Annual administration report of the Civil Veterinary Department of India - 1896-1897
Year: 1896
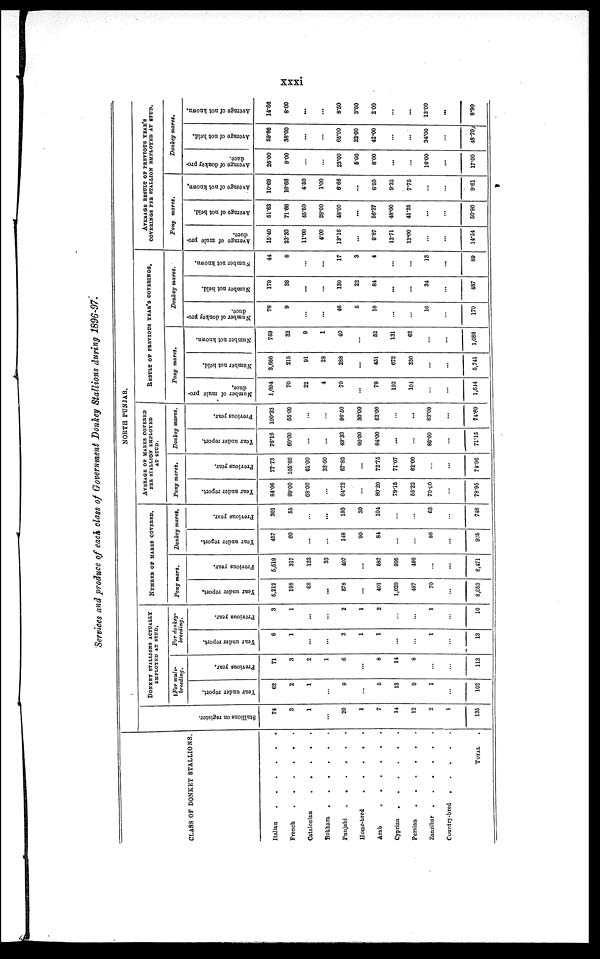
xxxi
Services and produce of each class of Government Donkey Stallions during 1896-97.
CLASS OF DONKEY STALLIONS.
Italian
.
.
.
.
.
.
French
.
.
.
.
.
.
Catalonian
.
.
.
.
.
Bokhara
.
.
.
.
.
.
Punjabi
.
.
.
.
.
.
Home-bred
.
.
.
.
.
.
Arab
.
.
.
.
.
.
Cyprian
.
.
.
.
.
.
Persian
.
.
.
.
.
.
Zanzibar
.
.
.
.
.
.
Country-bred
.
.
.
.
.
.
TOTAL
NORTH PUNJAB.
Stallions on register.
74
3
1
...
20
1
7
14
12
2
1
135
DONKEY STALLIONS ACTUALLY
EMPLOYED AT STUD.
For mule-
breeding.
Year under report.
62
2
1
...
9
...
5
13
9
1
...
102
Previous year.
71
3
2
1
6
...
8
14
8
...
...
113
For donkey-
breeding.
Year under report.
6
1
...
...
3
1
1
...
...
1
...
13
Previous year.
3
1
...
...
2
1
2
...
...
1
...
10
NUMBER OF MARES COVERED.
Pony mars.
Year under report.
6,212
198
68
...
578
...
401
1,029
497
70
...
8,053
Previous year.
5,519
317
122
33
407
...
582
995
496
...
...
8,471
Donkey mares.
Year under report.
457
60
...
...
148
90
84
...
...
86
...
925
Previous year.
301
55
...
...
193
30
104
...
...
63
...
746
AVERAGE OF MARES COVERED
PER STALLION EMPLOYED
AT STUD.
Pony mares.
Year under report.
84.06
99.00
68.00
...
64.22
...
80.20
79.15
55.22
70.00
...
78.95
Previous year.
77.73
105.66
61.00
33.00
67.83
...
72.75
71.07
62.00
...
...
74.96
Donkey mares.
Year under report.
76.16
60.00
...
...
49.33
90.00
84.00
...
...
86.00
...
71.15
Previous year.
100.33
55.00
...
...
96.50
30.00
52.00
...
...
63.00
...
74.60
RESULT OF PREVIOUS YEAR'S COVERINGS.
Pony mares.
Number of mule pro-
duce.
1,094
70
22
4
79
...
79
192
104
...
...
1,644
Number not held.
3,666
215
91
28
288
...
451
672
330
...
...
5,741
Number not known.
759
32
9
1
40
...
52
131
62
...
...
1,086
Donkey mares.
Number of donkey pro-
duce.
78
9
...
...
46
5
16
...
...
16
...
170
Number not held.
179
38
...
...
130
22
84
...
...
34
...
487
Number not known.
44
8
...
...
17
3
4
...
...
13
...
89
AVERAGE RESULT OF PREVIOUS YEAR'S
COVERINGS PER STALLION EMPLOYED AT STUD.
Pony
mares.
Average of mule pro-
duce.
15.40
23.33
11.00
4.00
13.16
...
9.87
13.71
13.00
...
...
14.54
Average of not held.
51.63
71.66
45.50
28.00
43.00
...
56.37
48.00
41.25
...
...
50.80
Average of not known.
10.69
10.66
4.60
1.00
6.66
...
6.50
9.35
7.75
...
...
9.61
Donkey mares.
Average of donkey pro-
duce.
26.00
9.00
...
...
23.00
5.00
8.00
...
...
16.00
...
17.00
Average
of not held.
59.66
38.00
...
...
65.00
22.00
42.00
...
...
34.00
...
48.70
Average of not known.
14.66
8.00
...
...
8.50
3.00
2.00
...
...
13.00
...
8.90